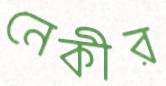
নেকীর